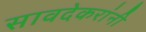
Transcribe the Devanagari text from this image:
सावदेकरांनी